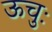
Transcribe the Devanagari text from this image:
ऊचुः